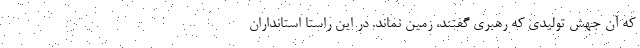
که آن جهش تولیدی که رهبری گفتند، زمین نماند. در این راستا استانداران